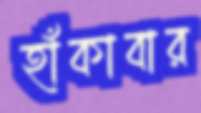
হাঁকাবার